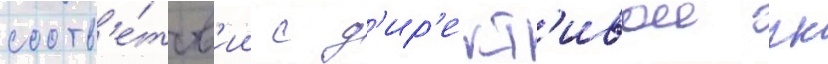
соотв'е́тств'ии с д'ир'ект'ивои гк